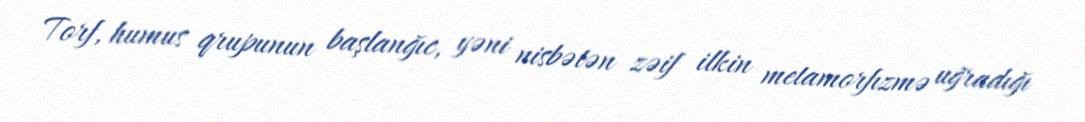
Torf, humus qrupunun başlanğıc, yəni nisbətən zəif ilkin metamorfızmə uğradığı